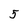
Character: 5